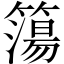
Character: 簜